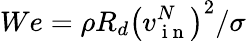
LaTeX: We=\rho R_{d}\left(v_{\mathrm{~i~n~}}^{N}\right)^{2}/\sigma